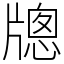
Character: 牕